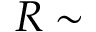
R \sim